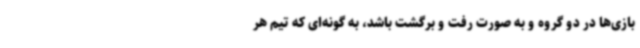
بازی‌ها در دو گروه و به صورت رفت و برگشت باشد، به گونه‌ای که تیم هر